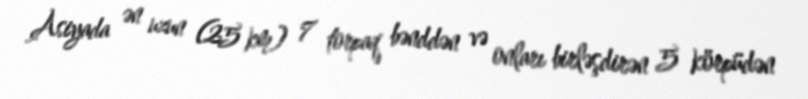
Asiyada ən uzun (25 km) 7 torpaq bənddən və onları birləşdirən 5 körpüdən